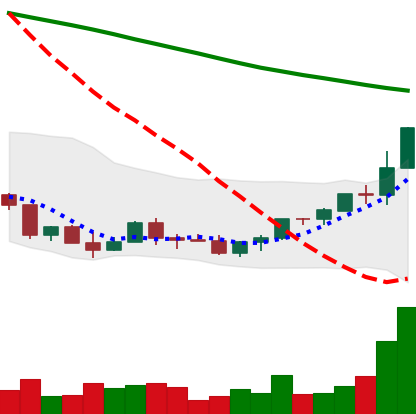
Ticker: EOS-USD
Chart end date: 2022-03-22
Forward return: 4.322%
Label: up_3_5